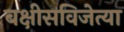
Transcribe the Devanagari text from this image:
बक्षीसविजेत्या